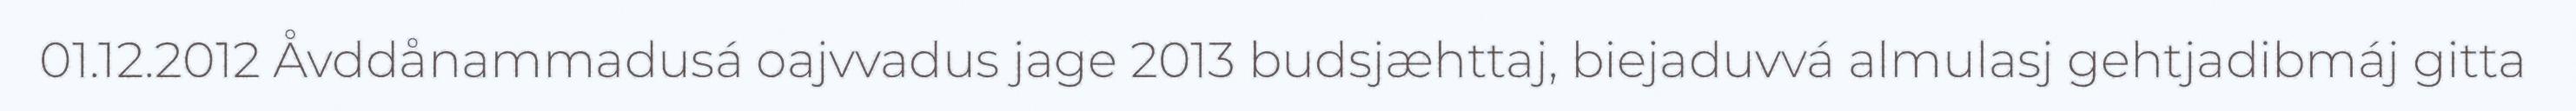
01.12.2012 Åvddånammadusá oajvvadus jage 2013 budsjæhttaj, biejaduvvá almulasj gehtjadibmáj gitta